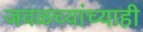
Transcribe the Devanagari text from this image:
जवळच्यांच्याही